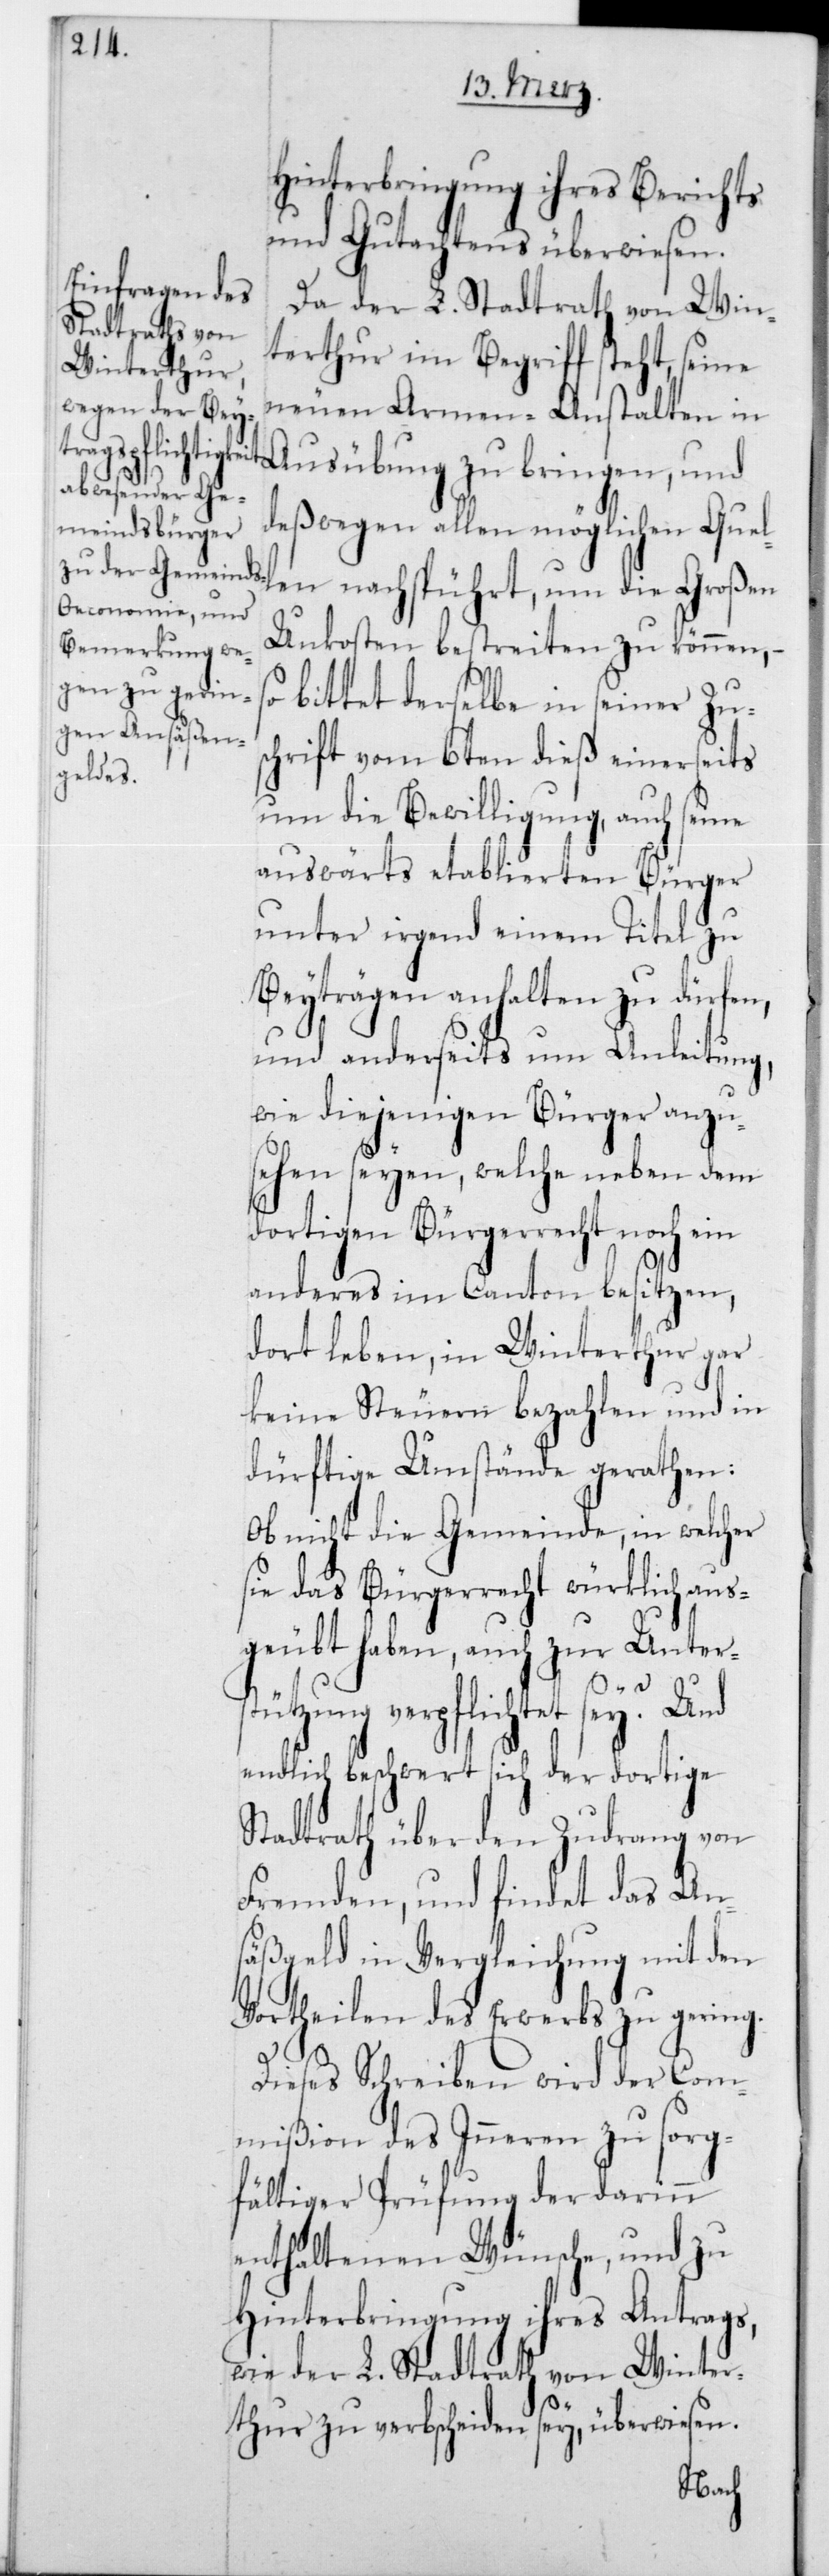
Hinterbringung ihres Berichts
und Gutachtens überwiesen.
Da der L. Stadtrath von Win¬
terthur im Begriffe steht, seine
neuen Armen-Anstalten in
Ausübung zu bringen, und
deßwegen allen möglichen Quel¬
Unkosten bestreiten zu können, –
bittet derselbe in seiner Zus¬
chrift vom 6ten dieß einerseits
um die Bewilligung, auch seine
auswärts etablierten Bürger
unter irgend einem Titel zu
Beiträgen anhalten zu dürfen,
und anderseits um Anleitung,
wie diejenigen Bürger anzu¬
sehen seien, welche neben dem
dortigen Bürgerrecht noch ein
anderes im Canton besitzen,
dort leben, in Winterthur gar
keine Steuern bezahlen und in
dürftige Umstände gerathen:
Ob nicht die Gemeinde, in welcher
sie das Bürgerrecht würklich aus¬
geubt haben, auch zur Unter¬
len
stützung verpflichtet sey? Und
endlich beschwert sich der dortige
Stadtrath über den Zudrang von
Fremden, und findet das An¬
säßgeld in Vergleichung mit den
Vortheilen des Erwerbs zu gering.
Dieses Schreiben wird der Com¬
mißion des Innern zu sorg¬
fältiger Prüfung der darinn
enthaltenen Wünsche, und zu
Hinterbringung ihres Antrags,
wie der L. Stadtrath von Winter¬
thur zu verbscheiden sey, überwiesen.